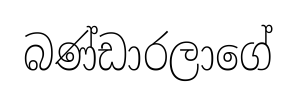
බණ්ඩාරලාගේ